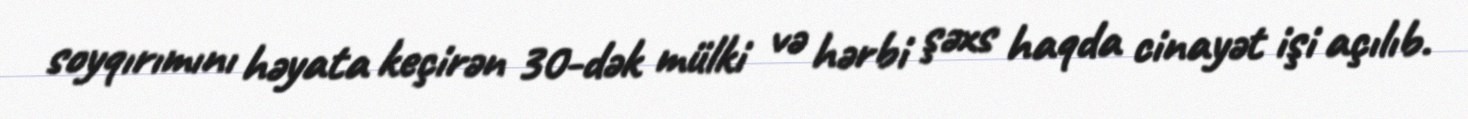
soyqırımını həyata keçirən 30-dək mülki və hərbi şəxs haqda cinayət işi açılıb.